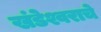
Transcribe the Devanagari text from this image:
खंडेश्वराचे